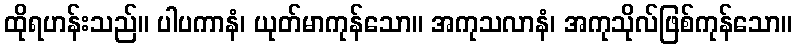
ထိုရဟန်းသည်။ ပါပကာနံ၊ ယုတ်မာကုန်သော။ အကုသလာနံ၊ အကုသိုလ်ဖြစ်ကုန်သော။